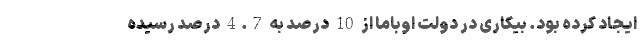
ایجاد کرده بود. بیکاری در دولت اوباما از 10 درصد به 4.7 درصد رسیده